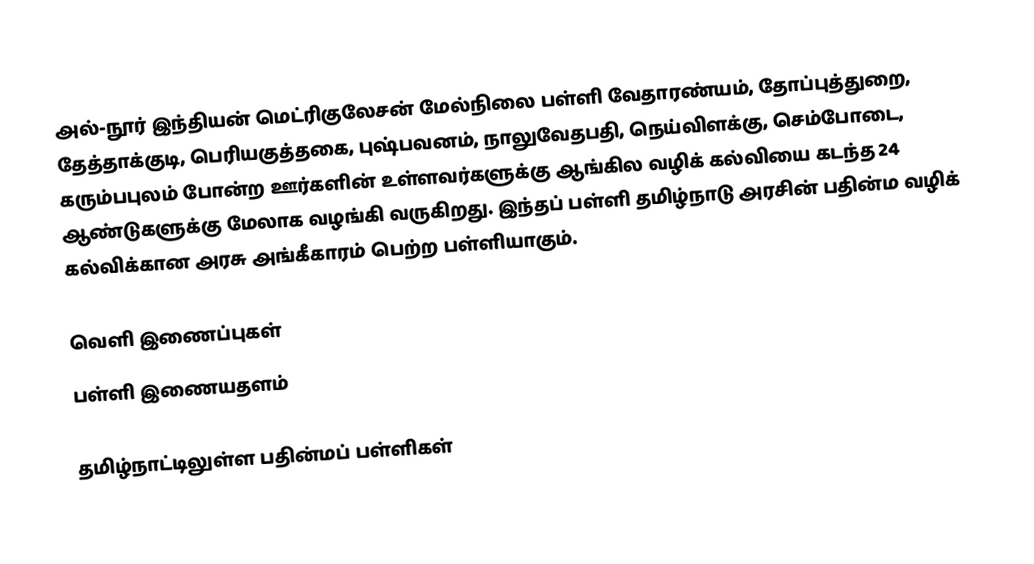
அல்-நூர் இந்தியன் மெட்ரிகுலேசன் மேல்நிலை பள்ளி  வேதாரண்யம், தோப்புத்துறை, தேத்தாக்குடி, பெரியகுத்தகை, புஷ்பவனம், நாலுவேதபதி, நெய்விளக்கு, செம்போடை, கரும்பபுலம் போன்ற ஊர்களின் உள்ளவர்களுக்கு ஆங்கில வழிக் கல்வியை கடந்த 24 ஆண்டுகளுக்கு மேலாக வழங்கி வருகிறது. இந்தப் பள்ளி தமிழ்நாடு அரசின் பதின்ம வழிக் கல்விக்கான அரசு அங்கீகாரம் பெற்ற பள்ளியாகும்.

வெளி இணைப்புகள்
பள்ளி இணையதளம்

தமிழ்நாட்டிலுள்ள பதின்மப் பள்ளிகள்